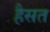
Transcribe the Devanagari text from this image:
हैसत